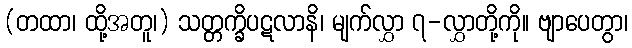
(တထာ၊ ထို့အတူ၊) သတ္တက္ခိပဋလာနိ၊ မျက်လွှာ ၇-လွှာတို့ကို။ ဗျာပေတွာ၊